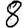
Digit: 8